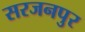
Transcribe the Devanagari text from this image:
सरजनपुर